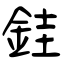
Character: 銈